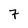
Character: 7